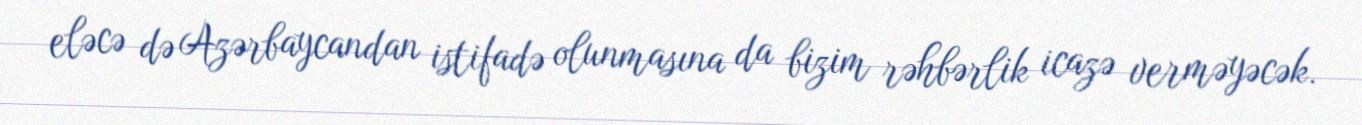
eləcə də Azərbaycandan istifadə olunmasına da bizim rəhbərlik icazə verməyəcək.